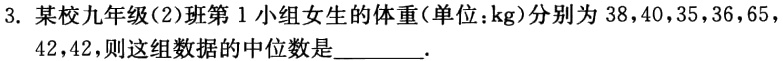
3. 某校九年级(2)班第1小组女生的体重(单位：kg)分别为38，40，35，36，65，42，42，则这组数据的中位数是________.